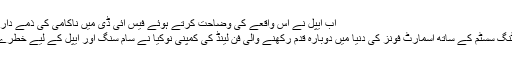
اب ایپل نے اس واقعے کی وضاحت کرتے ہوئے فیس آئی ڈی میں ناکامی کی ذمے داری اپنے مزید پڑھیں
دبئی: اینڈروئیڈ آپریٹنگ سسٹم کے ساتھ اسمارٹ فونز کی دنیا میں دوبارہ قدم رکھنے والی فن لینڈ کی کمپنی نوکیا نے سام سنگ اور ایپل کے لیے خطرے کی گھنٹی بجا دی۔